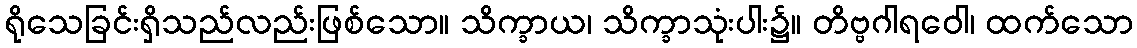
ရိုသေခြင်းရှိသည်လည်းဖြစ်သော။ သိက္ခာယ၊ သိက္ခာသုံးပါး၌။ တိဗ္ဗဂါရဝေါ၊ ထက်သော